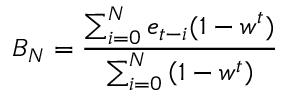
B _ { N } = \frac { \sum _ { i = 0 } ^ { N } e _ { t - i } ( 1 - w ^ { t } ) } { \sum _ { i = 0 } ^ { N } \left( 1 - w ^ { t } \right) }